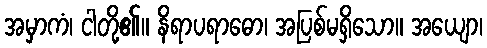
အမှာကံ၊ ငါတို့၏။ နိရာပရာဓော၊ အပြစ်မရှိသော။ အယျော၊